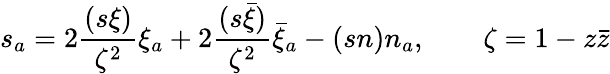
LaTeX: s_{a}=2\frac{(s\xi)}{\zeta^{2}}\xi_{a}+2\frac{(s\bar{\xi})}{\zeta^{2}}\bar{\xi}_{a}-(sn)n_{a},\qquad\zeta=1-z\bar{z}